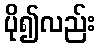
ပို၍လည်း